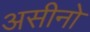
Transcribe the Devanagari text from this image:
असीनो